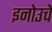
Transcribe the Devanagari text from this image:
इनोउचे